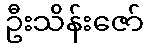
ဦးသိန်းဇော်